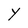
Character: Y